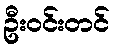
ဦးဝင်းတင်